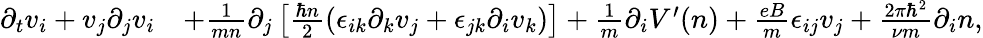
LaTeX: \begin{array}{rl}{\partial_{t}v_{i}+v_{j}\partial_{j}v_{i}}&{+\frac{1}{mn}\partial_{j}\left[\frac{\hbar n}{2}\left(\epsilon_{ik}\partial_{k}v_{j}+\epsilon_{jk}\partial_{i}v_{k}\right)\right]+\frac{1}{m}\partial_{i}V^{\prime}(n)+\frac{eB}{m}\epsilon_{ij}v_{j}+\frac{2\pi\hbar^{2}}{\nu m}\partial_{i}n,}\end{array}